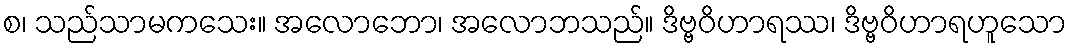
စ၊ သည်သာမကသေး။ အလောဘော၊ အလောဘသည်။ ဒိဗ္ဗဝိဟာရဿ၊ ဒိဗ္ဗဝိဟာရဟူသော